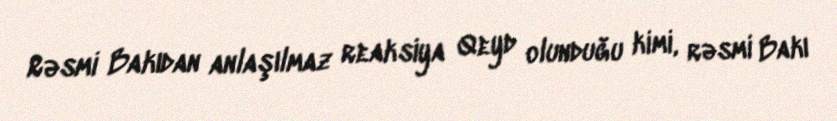
Rəsmi Bakıdan anlaşılmaz reaksiya Qeyd olunduğu kimi, rəsmi Bakı